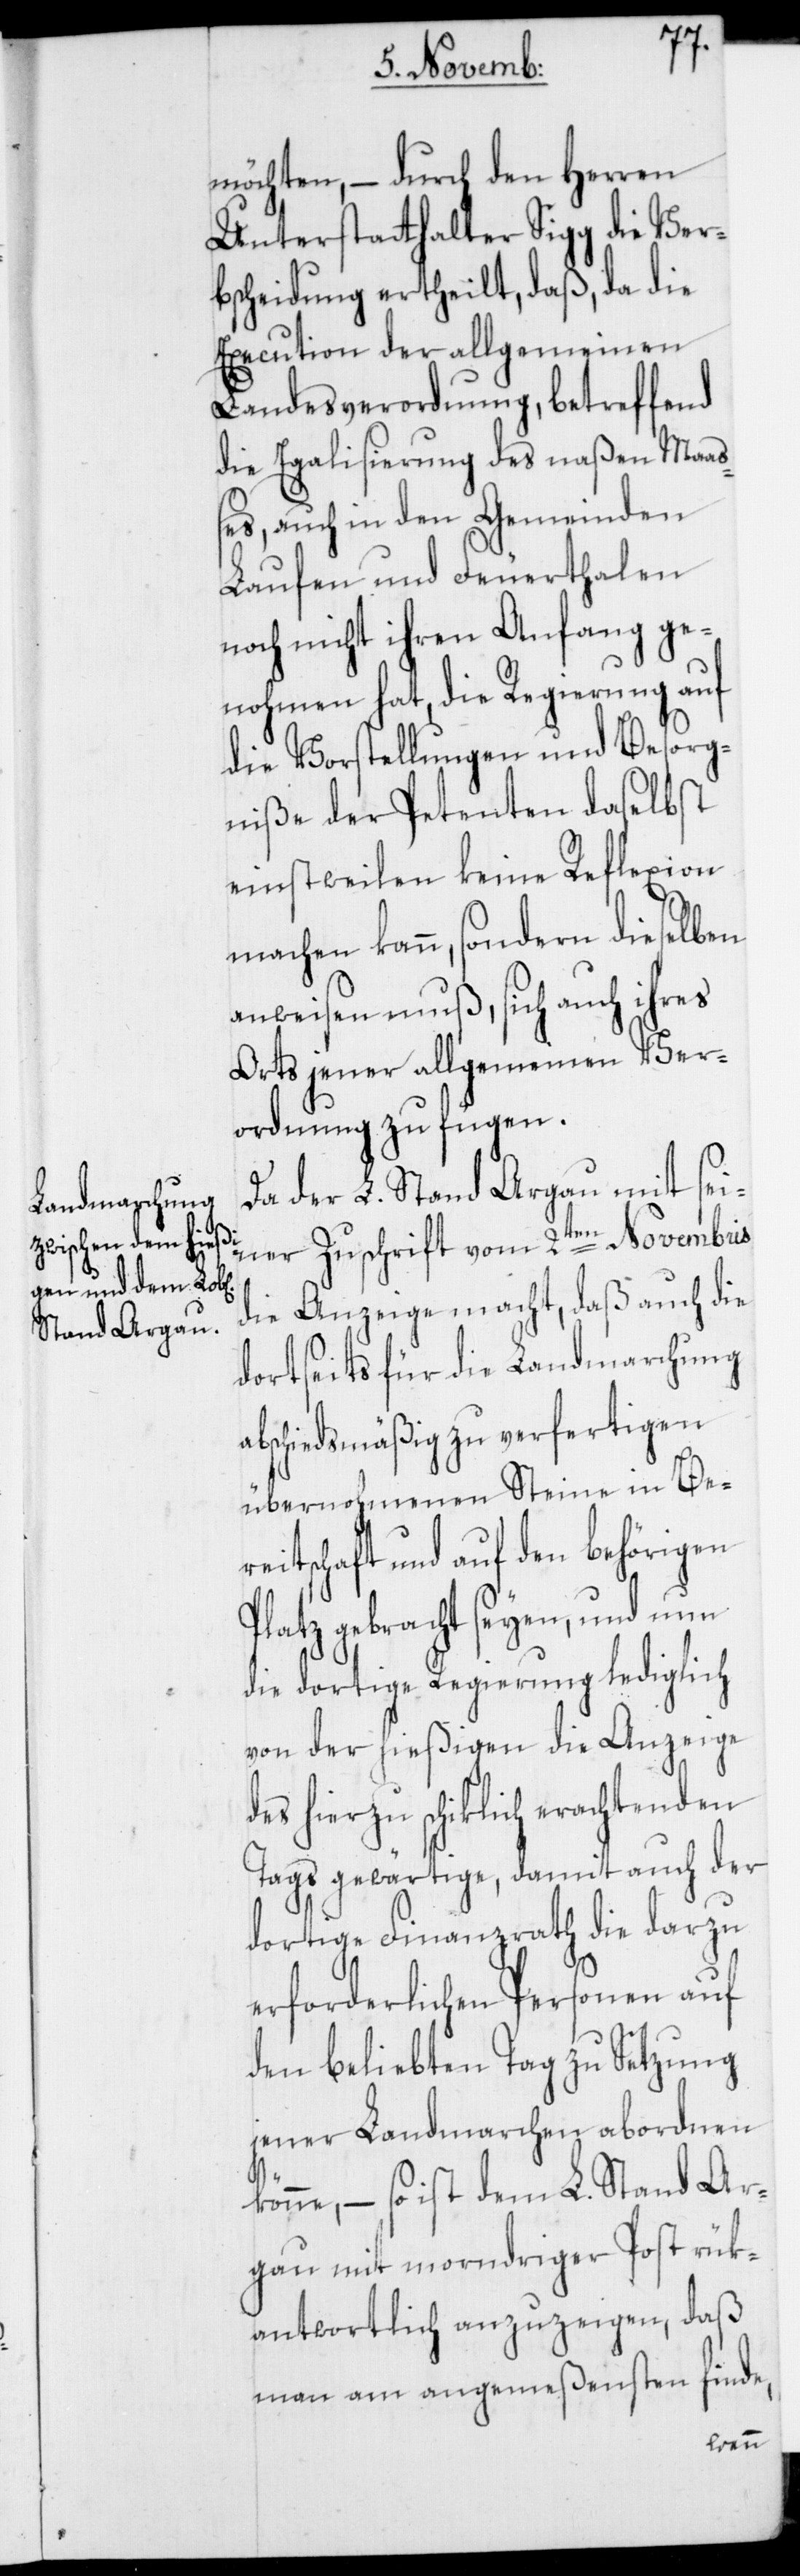
möchten, – durch den Herren
Unterstatthalter Sigg die Ver¬
bscheidung ertheilt, daß, da die
Execution der allgemeinen
Landesverordnung, betreffend
die Egalisierung des naßen Maa¬
ßes, auch in den Gemeinden
Laufen und Feuerthalen
noch nicht ihren Anfang ge¬
nohmen hat, die Regierung auf
die Vorstellungen und Besorg¬
niße der Petenten daselbst
einstweilen keine Reflexion
machen kann, sondern dieselben
anweisen muß, sich auch ihres
Orts jener allgemeinen Ver¬
ordnung zu fügen.
Da der L. Stand Argau mit sei¬
ner Zuschrift vom 2ten Novembris
die Anzeige macht, daß auch die
dortseits für die Landmarchung
abschiedsmäßig zu verfertigen
übernohmenen Steine in Be¬
reitschaft und auf den behörigen
Platz gebracht seyen, und nun
die dortige Regierung lediglich
von der hießigen die Anzeige
des hierzu schiklich erachtenden
Tags gewärtige, damit auch der
dortige Finanzrath die darzu
erforderlichen Personen auf
den beliebten Tag zu Setzung
jener Landmarchen abordnen
könne, – so ist dem L. Stand Ar¬
gau mit morndriger Post rük¬
antwortlich anzuzeigen, daß
man am angemeßensten finde,